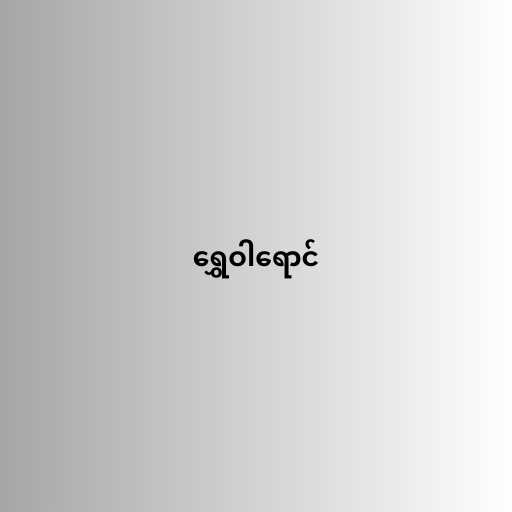
ရွှေဝါရောင်